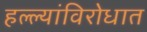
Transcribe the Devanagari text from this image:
हल्ल्यांविरोधात